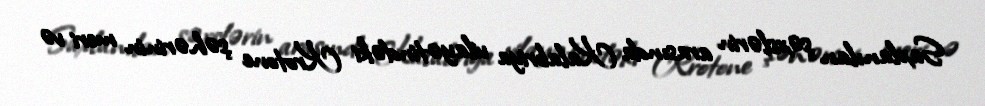
Saxlanılan şəxslərin arasında Kalabriya vilayətindəki Krotone şəhərinin meri və